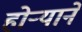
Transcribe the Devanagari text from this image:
होऱ्याने